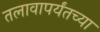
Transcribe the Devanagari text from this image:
तलावापर्यंतच्या